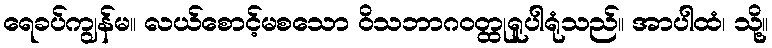
ရေခပ်ကျွန်မ။ လယ်စောင့်မစသော ဝိသဘာဂဝတ္ထုရူပါရုံသည်။ အာပါထံ၊ သို့။